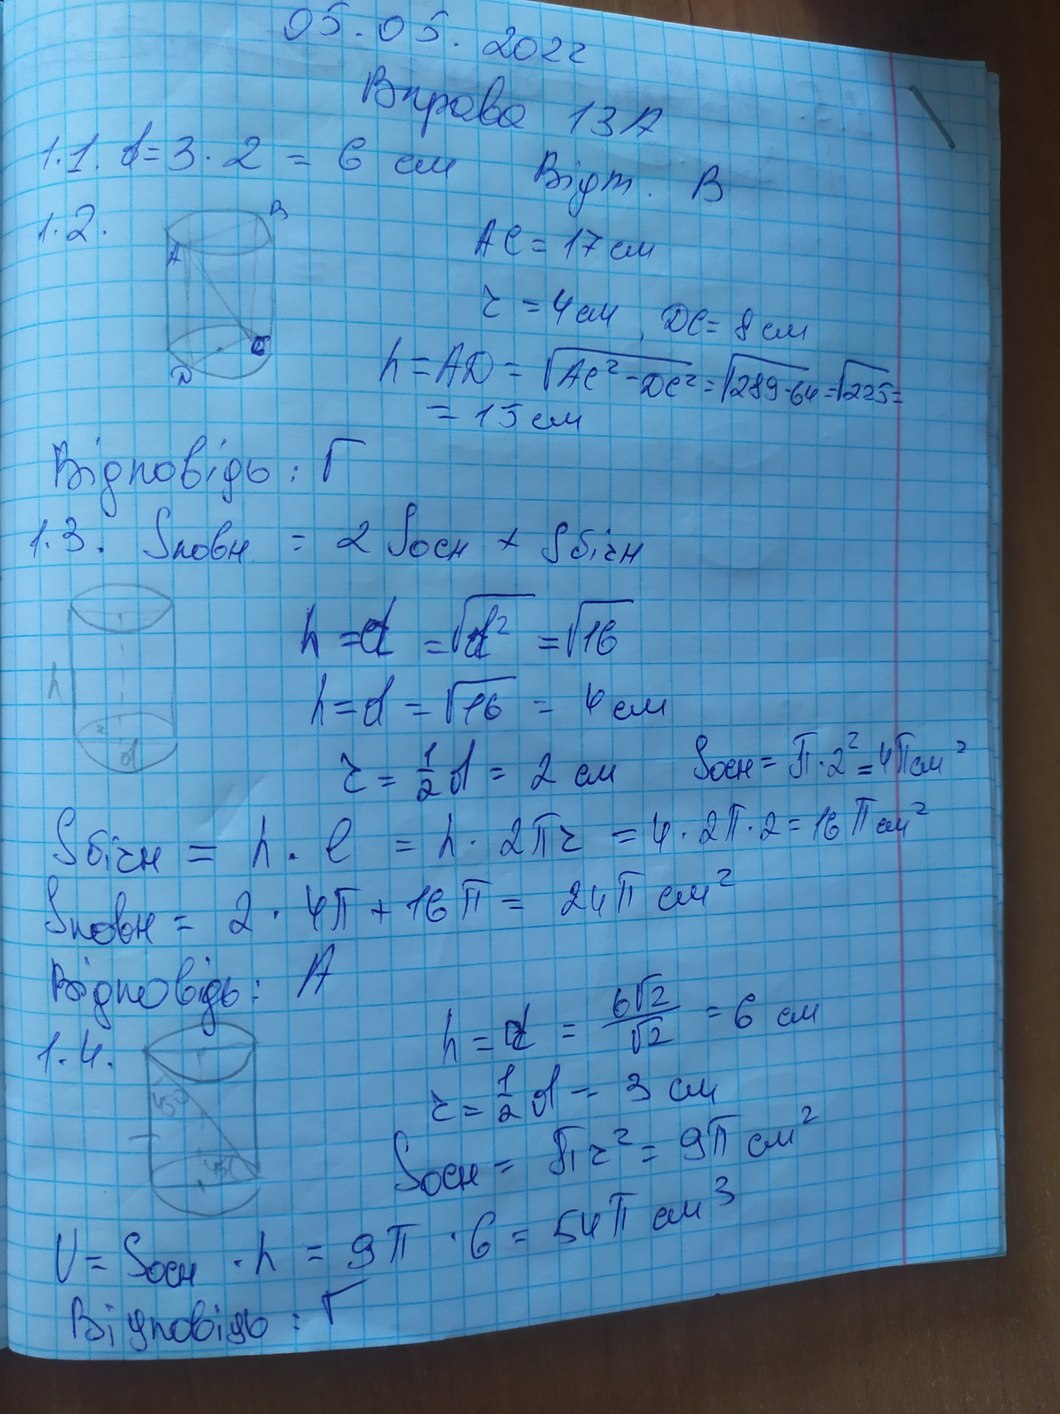
05.05.2022
Вправа 13А
1.1. d = 3 · 2 = 6 см
Відп. В
АС = 17 см
1.2.
r = 4 см DC=8 см
h = AD = \sqrt{AE^2 - DE^2} = \sqrt{289 - 64} = \sqrt{225} =
= 15 см
Відповідь: Г
1.3. Sповн = 2 Sосн + Sбічн
h = d = \sqrt{d^2} = \sqrt{16}
h = d = \sqrt{16} = 4 см
Sосн = π * 2^2 = 4π см^2
r = 1/2 d = 2 см
Sбічн = h · l = h · 2πr = 4 · 2π · 2 = 16π см^2
S_повн = 2 * 4π + 16π = 24π см²
Відповідь: А
h = d = \frac{6 \sqrt{2}}{\sqrt{2}} = 6 см
1. 4.
r = \frac{1}{2} d = 3 см
Sосн = 81 r^2 = 9π см^2
V = Sосн · h = 9π · 6 = 54π см^3
Відповідь : Г